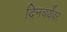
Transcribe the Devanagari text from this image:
दिनचर्येवर